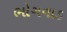
ભોગવાડ